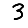
Digit: 3